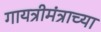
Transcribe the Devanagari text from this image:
गायत्रीमंत्राच्या